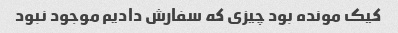
کیک مونده بود چیزی که سفارش دادیم موجود نبود